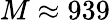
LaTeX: M\approx 939